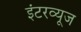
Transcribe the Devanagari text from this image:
इंटरव्यूज